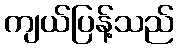
ကျယ်ပြန့်သည်